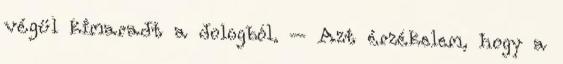
végül kimaradt a dologból. – Azt érzékelem, hogy a